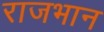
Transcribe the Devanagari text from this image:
राजभान